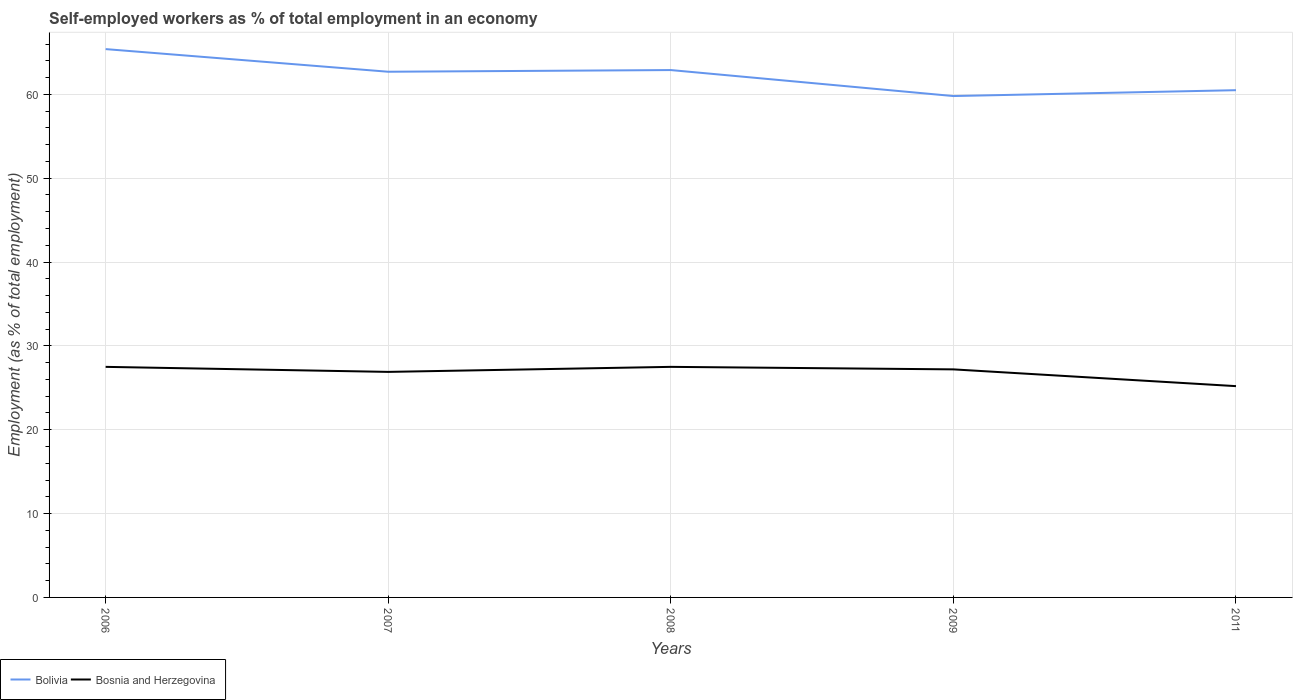
| Years | Bolivia | Bosnia and Herzegovina |
 | --- | --- | --- |
 | 2006 | 65.4 | 27.5 |
 | 2007 | 62.7 | 26.9 |
 | 2008 | 62.9 | 27.5 |
 | 2009 | 59.8 | 27.2 |
 | 2011 | 60.5 | 25.2 |